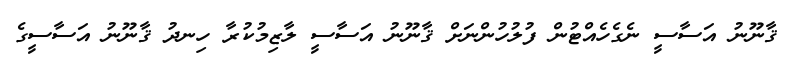
ޤާނޫނު އަސާސީ ނެގެހެއްޓުން ފުލުހުންނަށް ޤާނޫނު އަސާސީ ލާޒިމުކުރާ ހިނދު ޤާނޫނު އަސާސީގެ